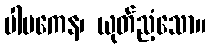
ပါပကေန၊ ယုတ်ညံ့သော။